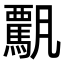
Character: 𩥡